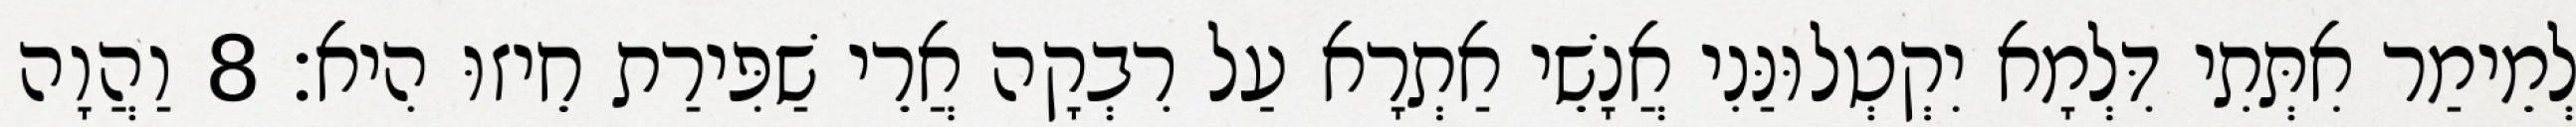
לְמֵימַר אִתְּתִי דִּלְמָא יִקְטְלוּנַּנִי אֲנָשֵׁי אַתְרָא עַל רִבְקָה אֲרֵי שַׁפִּירַת חֵיזוּ הִיא׃ 8 וַהֲוָה